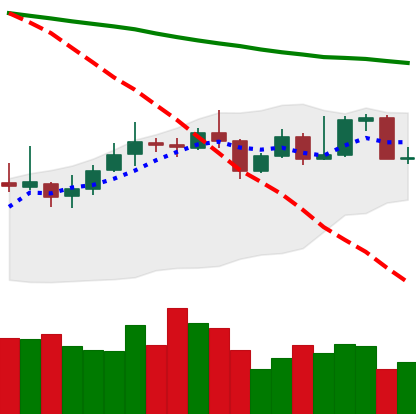
Ticker: XMR-USD
Chart end date: 2019-11-16
Forward return: -12.68%
Label: down_7plus